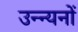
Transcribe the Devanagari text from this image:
उन्न्यनों